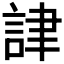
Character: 𧧪